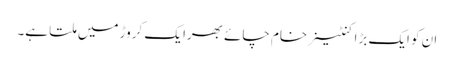
ان کو ایک بڑا کنٹینر خام چائے بھرا یک کروڑ میں ملتا ہے۔